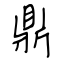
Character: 鼎